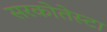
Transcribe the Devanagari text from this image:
सरकोतेस्टा